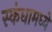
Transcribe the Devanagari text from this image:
स्कंधामध्ये